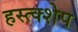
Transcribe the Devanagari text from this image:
हस्त्क्शेप